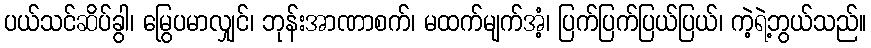
ပယ်သင်ဆိပ်ခွါ၊ မြွေပမာလျှင်၊ ဘုန်းအာဏာစက်၊ မထက်မျက်အံ့၊ ပြက်ပြက်ပြယ်ပြယ်၊ ကဲ့ရဲ့ဘွယ်သည်။